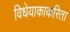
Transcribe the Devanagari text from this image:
विधेयाकाकरिता